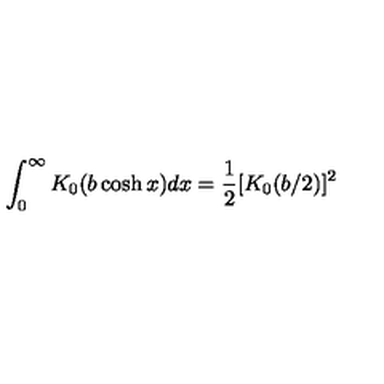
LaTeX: \int _ { 0 } ^ { \infty } K _ { 0 } ( b \cosh x ) d x = \frac { 1 } { 2 } [ K _ { 0 } ( b / 2 ) ] ^ { 2 }